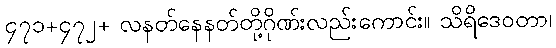
၄၇၁+၄၇၂+ လနတ်နေနတ်တို့ဂိုဏ်းလည်းကောင်း။ သိရိဒေဝတာ၊